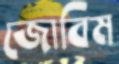
জোবিম